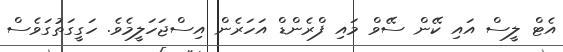
އެޓް ލީސް އައި ކޭން ސޭވް މައި ފްރެންޑް އަހަރެން އިސްޖަހަލީމެވެ. ހަގީގަތުގަވެސް